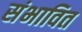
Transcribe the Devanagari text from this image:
संभावित